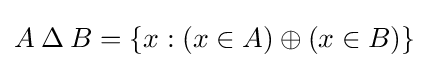
A\mathbin {\Delta } B=\{x:(x\in A)\oplus (x\in B)\}